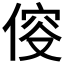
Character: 𠊯